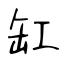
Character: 缸